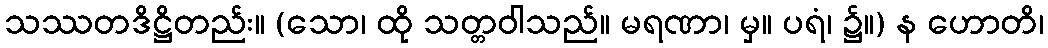
သဿတဒိဋ္ဌိတည်း။ (သော၊ ထို သတ္တဝါသည်။ မရဏာ၊ မှ။ ပရံ၊ ၌။) န ဟောတိ၊